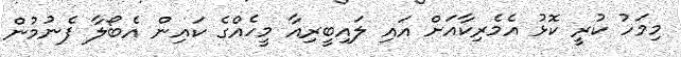
މިމަހު ކުރީ ކޮޅު އެމެރިކާއަށް އައި ލައިބީރިއާ މީހެއްގެ ކައިން އެބޯލާ ފެނުމުން